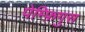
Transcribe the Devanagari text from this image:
पेम्फ़िगुस